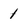
Character: 1